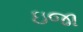
ઇજા